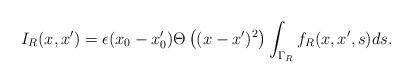
LaTeX: \begin{align*}I_R(x,x')=\epsilon(x_0-x'_0)\Theta\left((x-x')^2\right)\int_{\Gamma_R}f_R(x,x',s)ds.\end{align*}